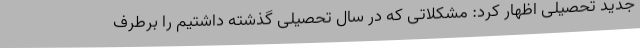
جدید تحصیلی اظهار کرد: مشکلاتی که در سال تحصیلی گذشته داشتیم را برطرف